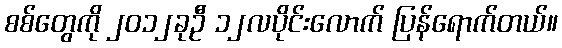
စစ်တွေကို ၂၀၁၂ခုဦ ၁၂လပိုင်းလောက် ပြန်ရောက်တယ်။